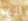
انها